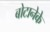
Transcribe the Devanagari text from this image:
बोटानेके